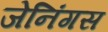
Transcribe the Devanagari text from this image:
जेनिंगस